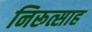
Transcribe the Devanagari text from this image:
निरूत्साह